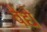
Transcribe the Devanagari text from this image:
वैद्ये